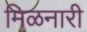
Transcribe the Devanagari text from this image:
मिळनारी